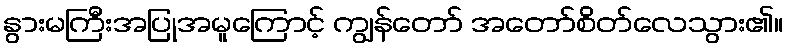
နွားမကြီးအပြုအမူကြောင့် ကျွန်တော် အတော်စိတ်လေသွား၏။